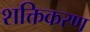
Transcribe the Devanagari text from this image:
शक्तिकरण